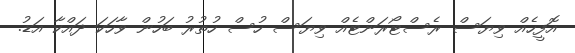
އޮފީހެއް ވިޔަސް ރެސްޓޯރަންޓެއް ވިޔަސް ހުސް ހުތުރު ބަހުން ވާހަކަ ދައްކާ އަޑު.